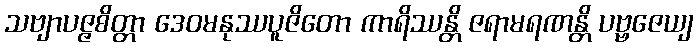
သဗျာပဇ္ဇစိတ္တာ ဒေဝမနုဿပူဇိတော ကာရိဿန္တိ ဇရာမရဏန္တိ ပဗ္ဗဇေယျ